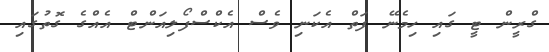
ގްރީން ޓީ ގައި ހިމެނޭ ފަތް އެކަނި ވެސް އެކްސްފޯލިއަންޓް އެއްގެ ގޮތުގައި